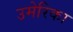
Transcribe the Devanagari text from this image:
उमेरिका